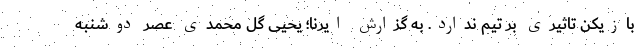
بازیکن تاثیری بر تیم ندارد. به گزارش ایرنا؛ یحیی گل محمدی عصر دوشنبه